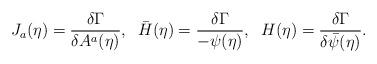
LaTeX: \begin{align*}J_{a}(\eta) = \frac{\delta \Gamma}{\delta A^{a}(\eta)} , \; \; \bar{H}(\eta) = \frac{\delta \Gamma}{-\psi(\eta)} , \; \; H(\eta) = \frac{\delta \Gamma}{\delta \bar{\psi}(\eta)} .\end{align*}